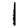
Digit: 1